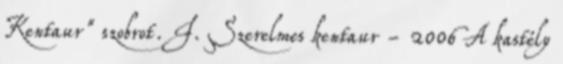
Kentaur" szobrot. I. Szerelmes kentaur - 2006 A kastély